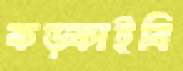
কড়্‌কাইবি